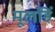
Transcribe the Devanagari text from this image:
मूलहिं